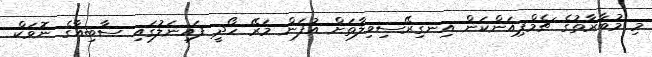
މި މުބާރާތުގެ ޗެމްޕިއަންކަން އިނގިރޭސިވިލާތަށް އުފަން މަރޭ ހޯދީ ފައިނަލުގައި ސާބިއާގެ ނޮވަކް